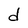
Character: d